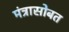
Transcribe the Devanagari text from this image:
मंत्रासोबत